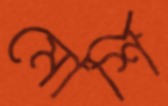
মোর্শি